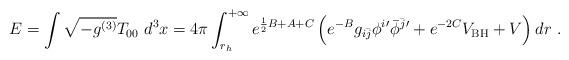
LaTeX: \begin{align*}E = \int \sqrt{-g^{(3)}}T_{00} ~d^3x = 4\pi \int_{r_h}^{+ \infty}e^{\frac{1}{2}B + A+C} \left( e^{-B} g_{i\bar{j}} \phi^i{'}{\bar{\phi}^{\bar{j}} }{'} + e^{-2C} V_{\mathrm{BH}} + V \right)dr \ . \end{align*}